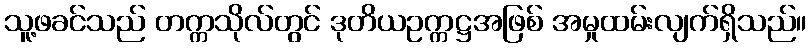
သူ့ဖခင်သည် တက္ကသိုလ်တွင် ဒုတိယဥက္ကဋ္ဌအဖြစ် အမှုထမ်းလျက်ရှိသည်။